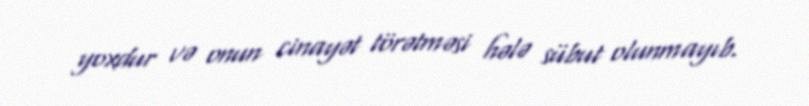
yoxdur və onun cinayət törətməsi hələ sübut olunmayıb.